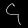
Digit: ၄